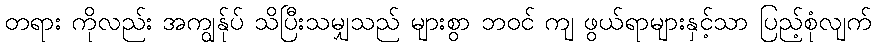
တရား ကိုလည်း အကျွန်ုပ် သိပြီးသမျှသည် များစွာ ဘဝင် ကျ ဖွယ်ရာများနှင့်သာ ပြည့်စုံလျက်